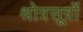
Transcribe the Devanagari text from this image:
श्रोत्रसूत्रों